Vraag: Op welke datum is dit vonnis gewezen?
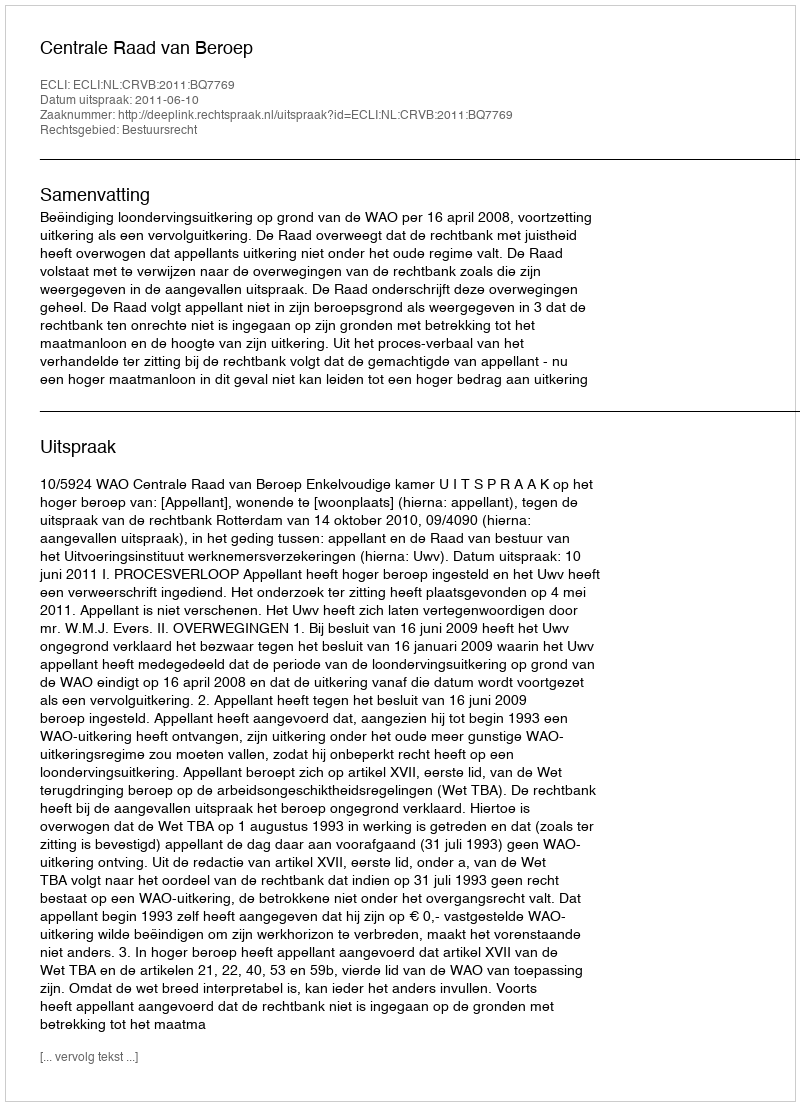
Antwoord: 2011-06-10